First report of the anti-malarial operations at Mian Mir, 1901-1903 - Number 6
Year: 1901
Disease focus: Malaria
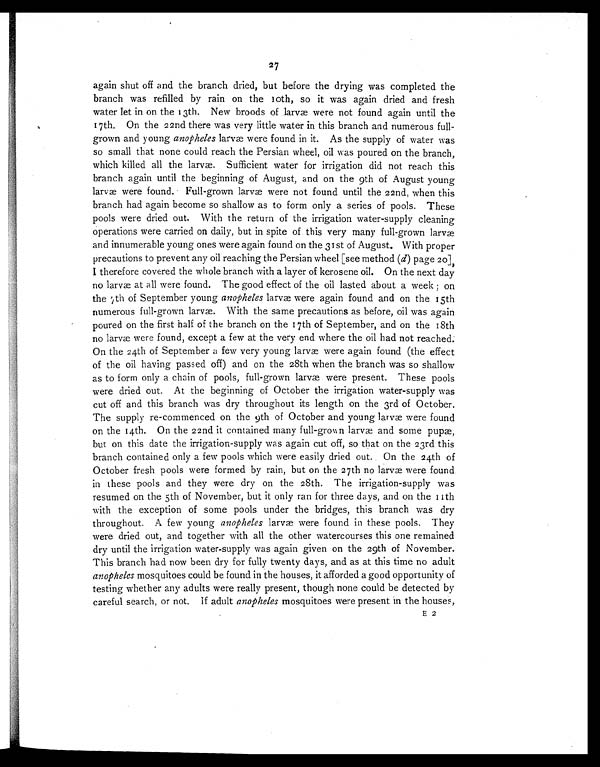
2 7
again shut off and the branch dried, but before the drying was completed the
branch was refilled by rain on the 10th, so it was again dried and fresh
water let in on the 13th. New broods of larvæ were not found again until the
17th. On the 22nd there was very little water in this branch and numerous full-
grown and young anopheles larvæ were found in it. As the supply of water was
so small that none could reach the Persian wheel, oil was poured on the branch,
which killed all the larvæ. Sufficient water for irrigation did not reach this
branch again until the beginning of August, and on the 9th of August young
larvæ were found. Full-grown larvæ were not found until the 22nd, when this
branch had again become so shallow as to form only a series of pools. These
pools were dried out. With the return of the irrigation water-supply cleaning
operations were carried on daily, but in spite of this very many full-grown larvæ
and innumerable young ones were again found on the 31st of August. With proper
precautions to prevent any oil reaching the Persian wheel [see method (d) page 20],
I therefore covered the whole branch with a layer of kerosene oil. On the next day
no larvæ at all were found. The good effect of the oil lasted about a week; on
the 7th of September young anopheles larvæ were again found and on the 15th
numerous full-grown larvæ. With the same precautions as before, oil was again
poured on the first half of the branch on the 17th of September, and on the 18th
no larvæ were found, except a few at the very end where the oil had not reached.
On the 24th of September a few very young larvæ were again found (the effect
of the oil having passed off) and on the 28th when the branch was so shallow
as to form only a chain of pools, full-grown larvæ were present. These pools
were dried out. At the beginning of October the irrigation water-supply was
cut off and this branch was dry throughout its length on the 3rd of October.
The supply re-commenced on the 9th of October and young larvæ were found
on the 14th. On the 22nd it contained many full-grown larvæ and some pupæ,
but on this date the irrigation-supply was again cut off, so that on the 23rd this
branch contained only a few pools which were easily dried out. On the 24th of
October fresh pools were formed by rain, but on the 27th no larvæ were found
in these pools and they were dry on the 28th. The irrigation-supply was
resumed on the 5th of November, but it only ran for three days, and on the 11 th
with the exception of some pools under the bridges, this branch was dry
throughout. A few young anopheles larvæ were found in these pools. They
were dried out, and together with all the other watercourses this one remained
dry until the irrigation water-supply was again given on the 29th of November.
This branch had now been dry for fully twenty days, and as at this time no adult
anopheles mosquitoes could be found in the houses, it afforded a good opportunity of
testing whether any adults were really present, though none could be detected by
careful search, or not. If adult anopheles mosquitoes were present in the houses
,
E 2